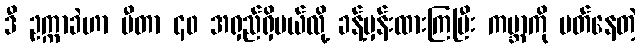
ဒီ ဥက္ကာခဲဟာ မီတာ ၄၀ အရှည်ရှိမယ်လို့ ခန့်မှန်းထားကြပြီး ကမ္ဘာကို ပတ်နေတဲ့